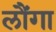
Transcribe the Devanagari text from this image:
लौंगा